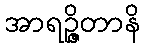
အာရဉ္ဇိတာနိ